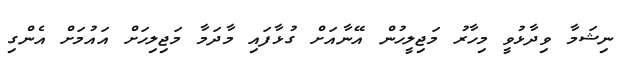
ނިޝަމާ ވިދާޅުވީ މިހާރު މަޖިލީހުން އޭނާއަށް ގުޅާފައި މާދަމާ މަޖިލިހަށް އައުމަށް އެންގި